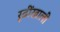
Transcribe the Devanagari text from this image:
रूढींखाली